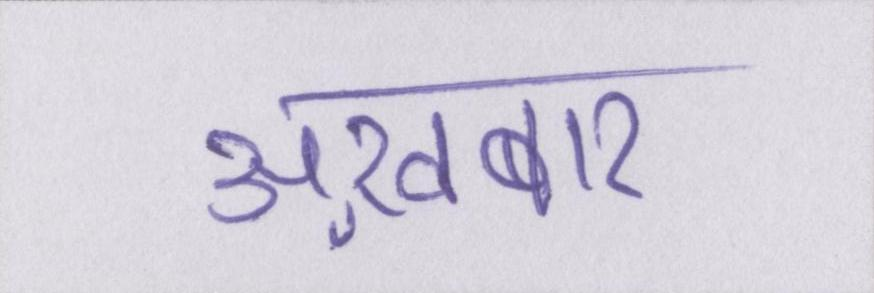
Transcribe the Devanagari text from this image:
अख़बार